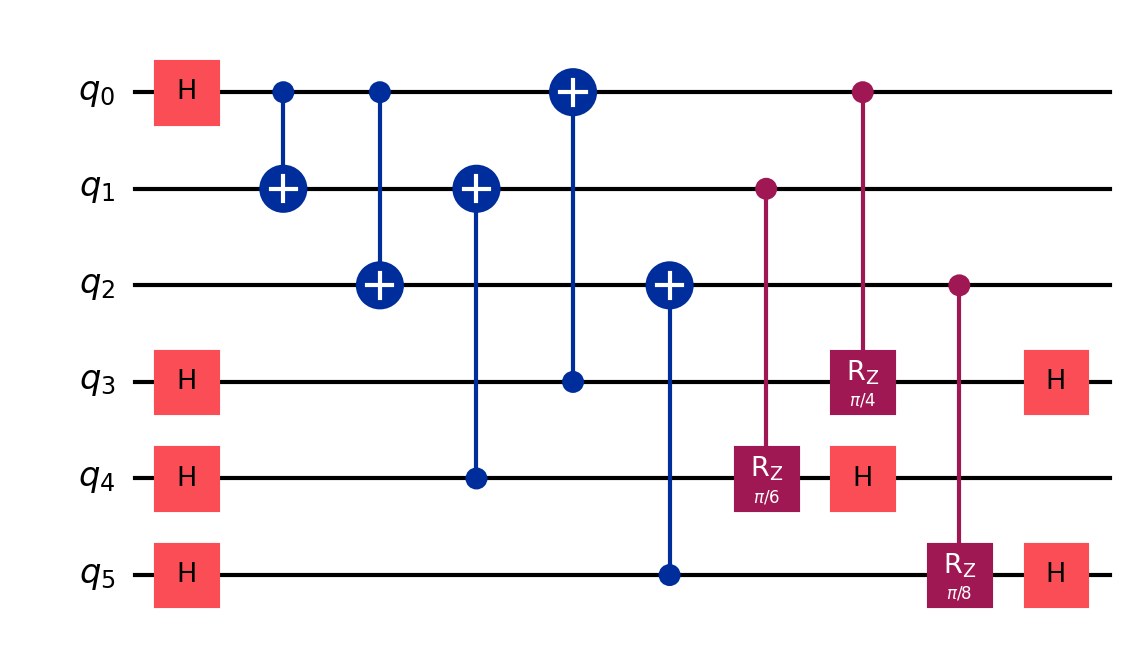
Description: Quantum verifiable random function
描述: 量子可验证随机函数
Category: blockchain (difficulty: advanced)
Qubits: 6, circuit depth: 9
Blockchain relevance: direct

Braket implementation:
import math
from braket.circuits import Circuit

circuit = Circuit()

# Layer 1: H gates
circuit.h(0).h(3).h(4).h(5)

# Layer 2: CNOT q0->q1, q0->q2
circuit.cnot(0, 1)
circuit.cnot(0, 2)

# Layer 3: CNOT q3->q1, CNOT q4->q0
circuit.cnot(3, 1)
circuit.cnot(4, 0)

# Layer 4: CNOT q5->q2
circuit.cnot(5, 2)

# CRz(pi/6): q1 controls Rz(pi/6) on q4
a = math.pi / 6
circuit.rz(4, a / 2)
circuit.cnot(1, 4)
circuit.rz(4, -a / 2)
circuit.cnot(1, 4)

# H on q4
circuit.h(4)

# CRz(pi/4): q0 controls Rz(pi/4) on q3
a = math.pi / 4
circuit.rz(3, a / 2)
circuit.cnot(0, 3)
circuit.rz(3, -a / 2)
circuit.cnot(0, 3)

# CRz(pi/8): q2 controls Rz(pi/8) on q5
a = math.pi / 8
circuit.rz(5, a / 2)
circuit.cnot(2, 5)
circuit.rz(5, -a / 2)
circuit.cnot(2, 5)

# Final H gates
circuit.h(3)
circuit.h(5)

print(circuit)

Qiskit implementation:
import math
from qiskit import QuantumCircuit

circuit = QuantumCircuit(6)

# Layer 1: H gates
circuit.h(0).h(3).h(4).h(5)

# Layer 2: CNOT q0->q1, q0->q2
circuit.cx(0, 1)
circuit.cx(0, 2)

# Layer 3: CNOT q3->q1, CNOT q4->q0
circuit.cx(3, 1)
circuit.cx(4, 0)

# Layer 4: CNOT q5->q2
circuit.cx(5, 2)

# CRz(pi/6): q1 controls Rz(pi/6) on q4
a = math.pi / 6
circuit.rz(a / 2, 4)
circuit.cx(1, 4)
circuit.rz(-a / 2, 4)
circuit.cx(1, 4)

# H on q4
circuit.h(4)

# CRz(pi/4): q0 controls Rz(pi/4) on q3
a = math.pi / 4
circuit.rz(a / 2, 3)
circuit.cx(0, 3)
circuit.rz(-a / 2, 3)
circuit.cx(0, 3)

# CRz(pi/8): q2 controls Rz(pi/8) on q5
a = math.pi / 8
circuit.rz(a / 2, 5)
circuit.cx(2, 5)
circuit.rz(-a / 2, 5)
circuit.cx(2, 5)

# Final H gates
circuit.h(3)
circuit.h(5)

print(circuit)